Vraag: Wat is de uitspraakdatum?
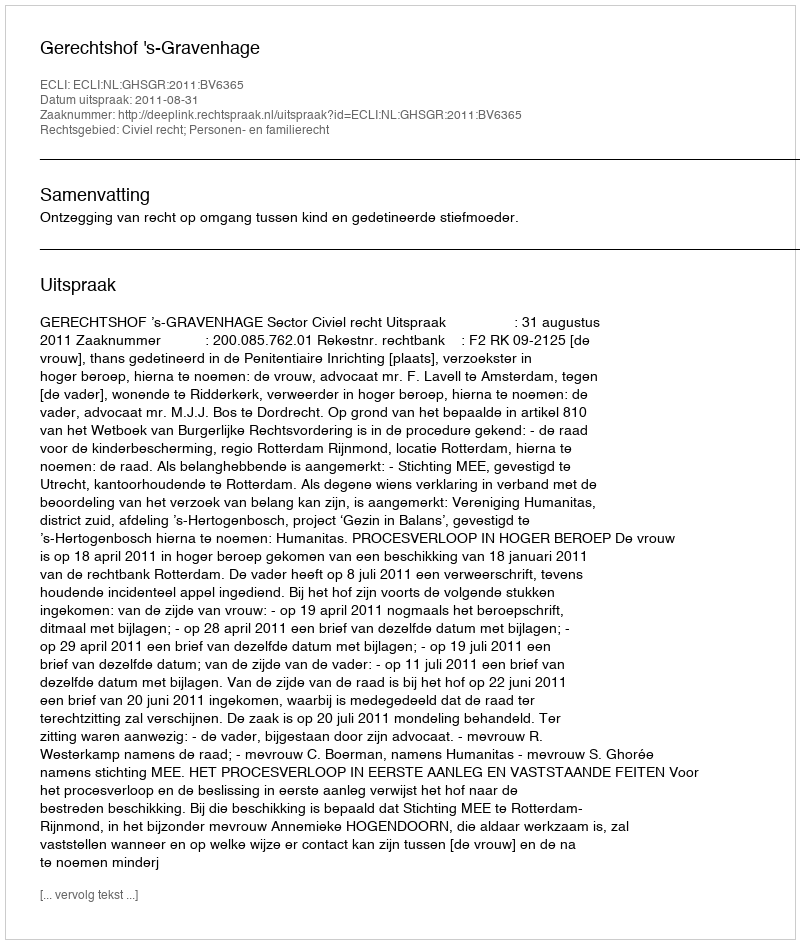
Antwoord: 2011-08-31